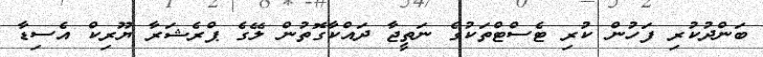
ބަންދުކުރި ފަހުން ކުރި ޓެސްޓްތަކުގެ ނަތީޖާ ދައްކާގޮތުން ލޭގެ ޕްރެޝަރާ ޔޫރިކް އެސިޑާ